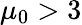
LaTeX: \mu_{0}>3